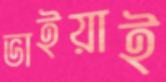
ভাইয়াই